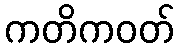
ကတိကဝတ်